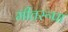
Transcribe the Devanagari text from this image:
मीतरूपा